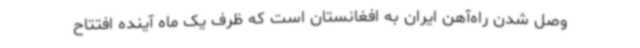
وصل شدن راه‌آهن ایران به افغانستان است که ظرف یک ماه آینده افتتاح